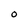
Character: 0